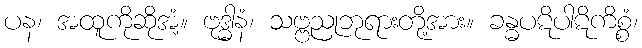
ပန၊ အထူကိုဆိုအံ့။ ဗုဒ္ဓါနံ၊ သဗ္ဗညုဘုရားတို့အား။ ခန္ဓပဋိပါဋိကိစ္စံ၊